On a parasite found in persons suffering from enlargement of the spleen in India, second report - Number 11
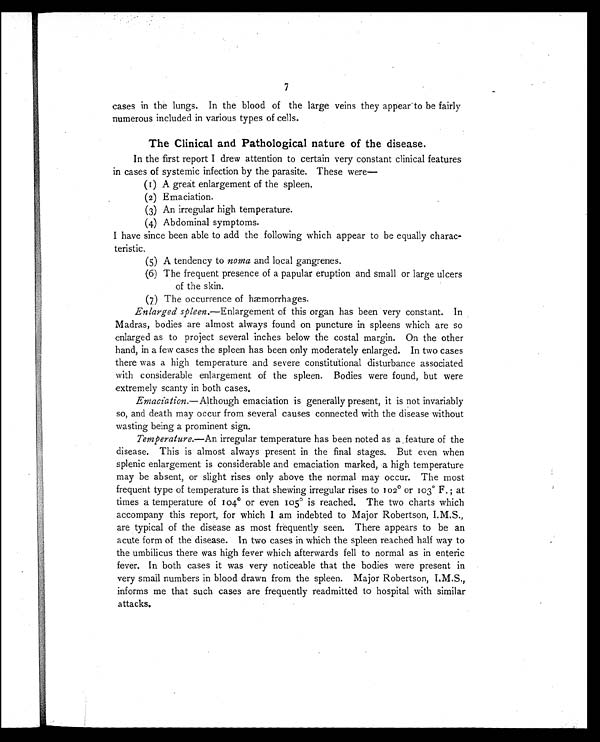
7
cases in the lungs. In the blood of the large veins they appear to be fairly
numerous included in various types of cells.
The Clinical and Pathological nature of the disease.
In the first report I drew attention to certain very constant clinical features
in cases of systemic infection by the parasite. These were—
(1) A great enlargement of the spleen.
(2)Emaciation.
(3)An irregular high temperature.
(4)Abdominal symptoms.
I have since been able to add the following which appear to be equally charac-
teristic.
(5)A tendency to noma and local gangrenes.
(6)The frequent presence of a papular eruption and small or large ulcers
of the skin.
(7)The occurrence of hæmorrhages.
Enlarged spleen.—Enlargement of this organ has been very constant. In
Madras, bodies are almost always found on puncture in spleens which are so
enlarged as to project several inches below the costal margin. On the other
hand, in a few cases the spleen has been only moderately enlarged. In two cases
there was a high temperature and severe constitutional disturbance associated
with considerable enlargement of the spleen. Bodies were found, but were
extremely scanty in both cases.
Emaciation.—Although emaciation is generally present, it is not invariably
so, and death may occur from several causes connected with the disease without
wasting being a prominent sign.
Temperature.—An irregular temperature has been noted as a feature of the
disease. This is almost always present in the final stages. But even when
splenic enlargement is considerable and emaciation marked, a high temperature
may be absent, or slight rises only above the normal may occur. The most
frequent type of temperature is that shewing irregular rises to 102° or 103° F.; at
times a temperature of 104º or even 105° is reached. The two charts which
accompany this report, for which I am indebted to Major Robertson, I.M.S.,
are typical of the disease as most frequently seen. There appears to be an
acute form of the disease. In two cases in which the spleen reached half way to
the umbilicus there was high fever which afterwards fell to normal as in enteric
fever. In both cases it was very noticeable that the bodies were present in
very small numbers in blood drawn from the spleen. Major Robertson, I.M.S.,
informs me that such cases are frequently readmitted to hospital with similar
attacks.